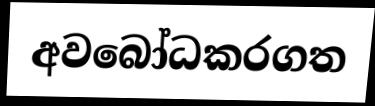
අවබෝධකරගත